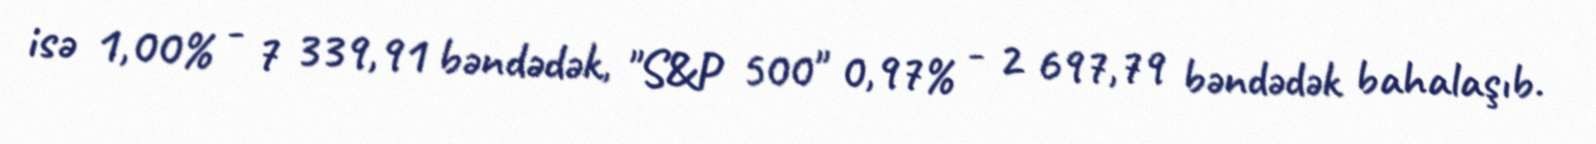
isə 1,00% - 7 339,91 bəndədək, "S&P 500" 0,97% - 2 697,79 bəndədək bahalaşıb.